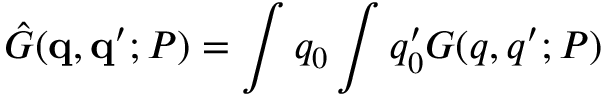
{ \hat { G } } ( { \bf q } , { \bf q ^ { \prime } } ; P ) = \int q _ { 0 } \int q _ { 0 } ^ { \prime } G ( q , q ^ { \prime } ; P )